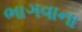
ભાગવાના